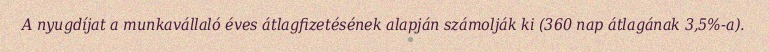
A nyugdíjat a munkavállaló éves átlagfizetésének alapján számolják ki (360 nap átlagának 3,5%-a).